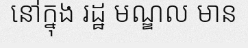
នៅក្នុង រដ្ឋ មណ្ឌល មាន